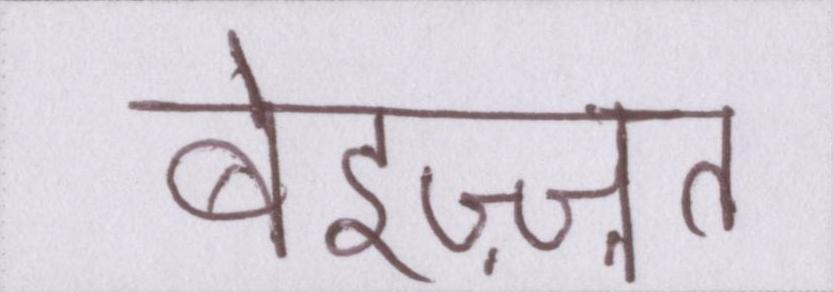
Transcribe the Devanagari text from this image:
बेइज़्ज़त